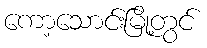
ကော့သောင်းမြို့တွင်